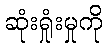
ဆုံးရှုံးမှုကို